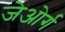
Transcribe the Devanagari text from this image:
जेओर्ग